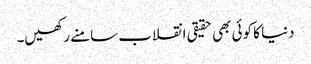
دنیا کا کوئی بھی حقیقی انقلاب سامنے رکھیں۔